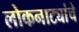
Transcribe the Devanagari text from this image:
लोकनाट्यांचे